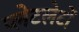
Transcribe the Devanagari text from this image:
प्‍लेटलेटों